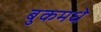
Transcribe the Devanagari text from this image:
बुकमधे